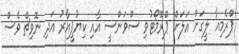
ޕްރެމިއާ ލީގަށް އަލަށް ޕްރޮމޯޓުވި ސްވަންސީ އާއި ކިޔުޕީއާރު އަދި ނޮވިޗް ވެސް